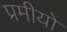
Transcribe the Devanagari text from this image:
प्रमीयो